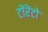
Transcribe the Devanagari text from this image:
टोंरेंटो